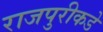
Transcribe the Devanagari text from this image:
राजपुरीकडे